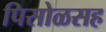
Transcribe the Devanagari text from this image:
पिसोळसह